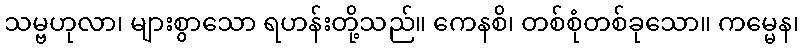
သမ္ဗဟုလာ၊ များစွာသော ရဟန်းတို့သည်။ ကေနစိ၊ တစ်စုံတစ်ခုသော။ ကမ္မေန၊